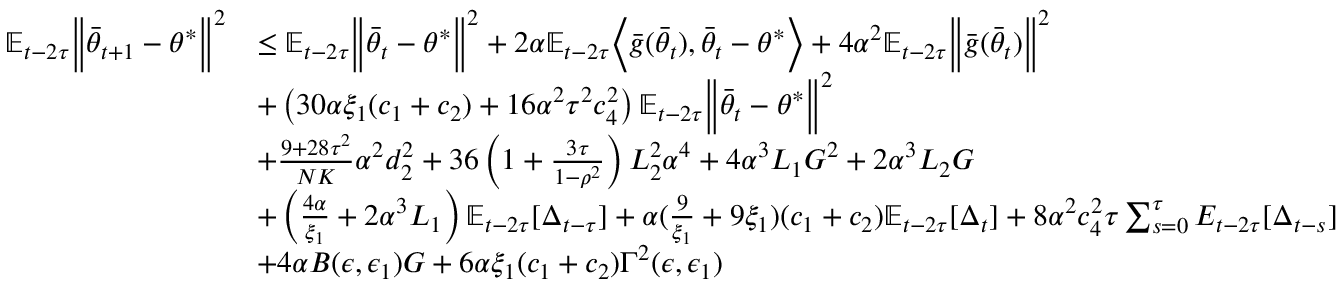
\begin{array} { r l } { \mathbb { E } _ { t - 2 \tau } \Big \lVert \bar { \theta } _ { t + 1 } - \theta ^ { * } \Big \rVert ^ { 2 } } & { \le \mathbb { E } _ { t - 2 \tau } \Big \lVert \bar { \theta } _ { t } - \theta ^ { * } \Big \rVert ^ { 2 } + 2 \alpha \mathbb { E } _ { t - 2 \tau } \Big \langle \bar { g } ( \bar { \theta } _ { t } ) , \bar { \theta } _ { t } - \theta ^ { * } \Big \rangle + 4 \alpha ^ { 2 } \mathbb { E } _ { t - 2 \tau } \Big \lVert \bar { g } ( \bar { \theta } _ { t } ) \Big \rVert ^ { 2 } } \\ & { + \left( 3 0 \alpha \xi _ { 1 } ( c _ { 1 } + c _ { 2 } ) + 1 6 \alpha ^ { 2 } \tau ^ { 2 } c _ { 4 } ^ { 2 } \right) \mathbb { E } _ { t - 2 \tau } \Big \lVert \bar { \theta } _ { t } - \theta ^ { * } \Big \rVert ^ { 2 } } \\ & { + \frac { 9 + 2 8 \tau ^ { 2 } } { N K } \alpha ^ { 2 } d _ { 2 } ^ { 2 } + 3 6 \left( 1 + \frac { 3 \tau } { 1 - \rho ^ { 2 } } \right) L _ { 2 } ^ { 2 } \alpha ^ { 4 } + 4 \alpha ^ { 3 } L _ { 1 } G ^ { 2 } + 2 \alpha ^ { 3 } L _ { 2 } G } \\ & { + \left( \frac { 4 \alpha } { \xi _ { 1 } } + 2 \alpha ^ { 3 } L _ { 1 } \right) \mathbb { E } _ { t - 2 \tau } [ \Delta _ { t - \tau } ] + \alpha ( \frac { 9 } { \xi _ { 1 } } + 9 \xi _ { 1 } ) ( c _ { 1 } + c _ { 2 } ) \mathbb { E } _ { t - 2 \tau } [ \Delta _ { t } ] + 8 \alpha ^ { 2 } c _ { 4 } ^ { 2 } \tau \sum _ { s = 0 } ^ { \tau } E _ { t - 2 \tau } [ \Delta _ { t - s } ] } \\ & { + 4 \alpha B ( \epsilon , \epsilon _ { 1 } ) G + 6 \alpha \xi _ { 1 } ( c _ { 1 } + c _ { 2 } ) \Gamma ^ { 2 } ( \epsilon , \epsilon _ { 1 } ) } \end{array}